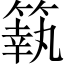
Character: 䉅